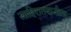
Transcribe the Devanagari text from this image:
जाहिरातबाजीला